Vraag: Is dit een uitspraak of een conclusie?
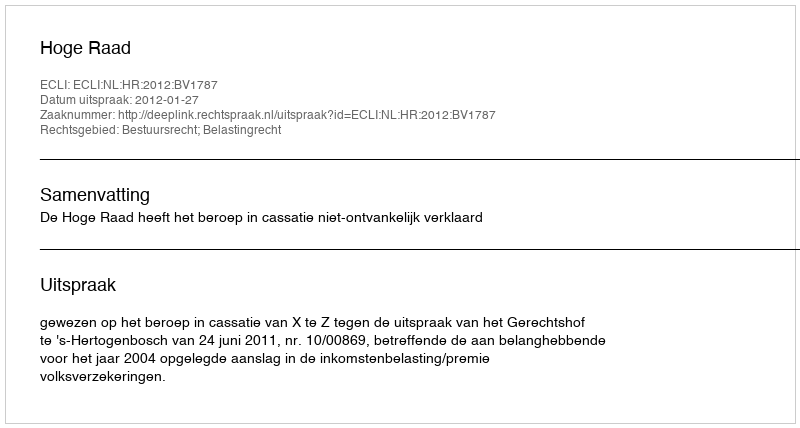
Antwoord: Uitspraak